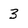
Character: 3